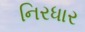
નિરધાર